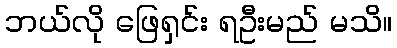
ဘယ်လို ဖြေရှင်း ရဦးမည် မသိ။